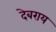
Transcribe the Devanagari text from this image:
देबराय